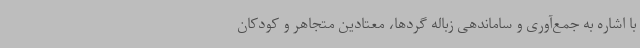
با اشاره به جمع‌آوری و ساماندهی زباله گردها، معتادین متجاهر و کودکان